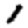
Digit: 1